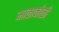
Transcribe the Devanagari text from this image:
माळाकोळी